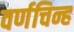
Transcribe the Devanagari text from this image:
वर्णचिन्ह